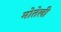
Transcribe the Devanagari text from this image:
मोतेली